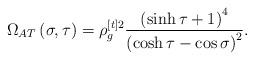
LaTeX: \begin{align*}\Omega _{AT}\left( \sigma ,\tau \right) =\rho _{g}^{[t]2}\frac{\left( \sinh\tau +1\right) ^{4}}{\left( \cosh \tau -\cos \sigma \right) ^{2}}.\end{align*}